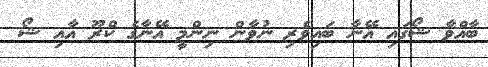
ބާއްވާ ޝޯގައި އޭނާ ބައިވެރި ނުވާން ނިންމީ އޭނާގެ ކްރޫ އާއި ޝޯ